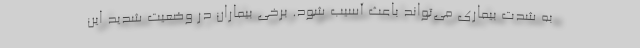
به شدت بیماری می‌تواند باعث آسیب شود. برخی بیماران در وضعیت شدید این